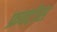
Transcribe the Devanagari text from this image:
फ्रक्टोस